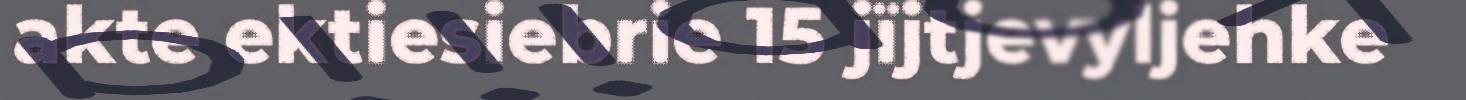
akte ektiesiebrie 15 jïjtjevyljehke